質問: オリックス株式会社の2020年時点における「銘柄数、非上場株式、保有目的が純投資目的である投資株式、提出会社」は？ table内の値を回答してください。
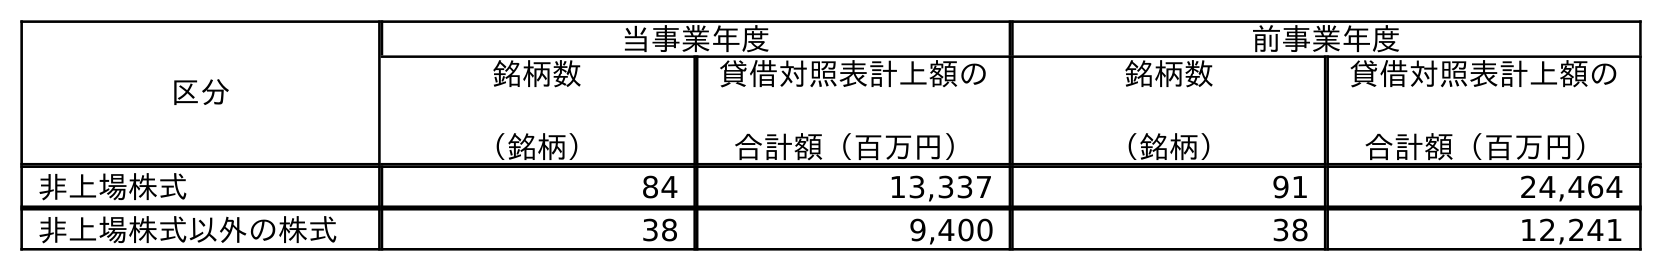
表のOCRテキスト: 区分 当事業年度 前事業年度 銘柄数 （銘柄） 貸借対照表計上額の 合計額（百万円） 銘柄数 （銘柄） 貸借対照表計上額の 合計額（百万円） 非上場株式 84 13,337 91 24,464 非上場株式以外の株式 38 9,400 38 12,241
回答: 84